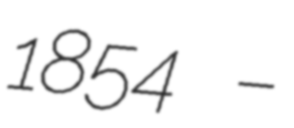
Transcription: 1854 –